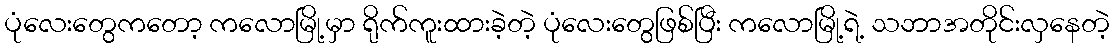
ပုံလေးတွေကတော့ ကလောမြို့မှာ ရိုက်ကူးထားခဲ့တဲ့ ပုံလေးတွေဖြစ်ပြီး ကလောမြို့ရဲ့ သဘာအတိုင်းလှနေတဲ့